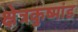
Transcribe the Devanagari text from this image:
क्षेत्रकुष्मांड